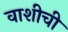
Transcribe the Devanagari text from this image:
वाशीची